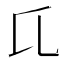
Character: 𬼗